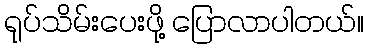
ရုပ်သိမ်းပေးဖို့ ပြောလာပါတယ်။